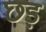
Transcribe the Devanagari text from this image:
छ्ड़